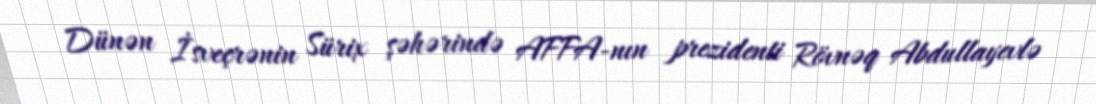
Dünən İsveçrənin Sürix şəhərində AFFA-nın prezidenti Rövnəq Abdullayevlə